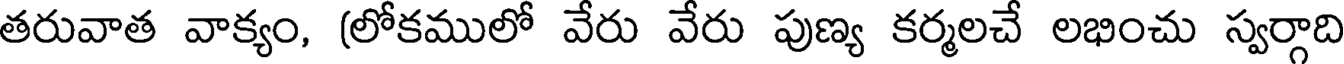
తరువాత వాక్యం, (లోకములో వేరు వేరు పుణ్య కర్మలచే లభించు స్వర్గాది